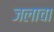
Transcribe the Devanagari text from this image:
जलाचा